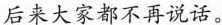
后来大家都不再说话。